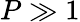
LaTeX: P\gg 1